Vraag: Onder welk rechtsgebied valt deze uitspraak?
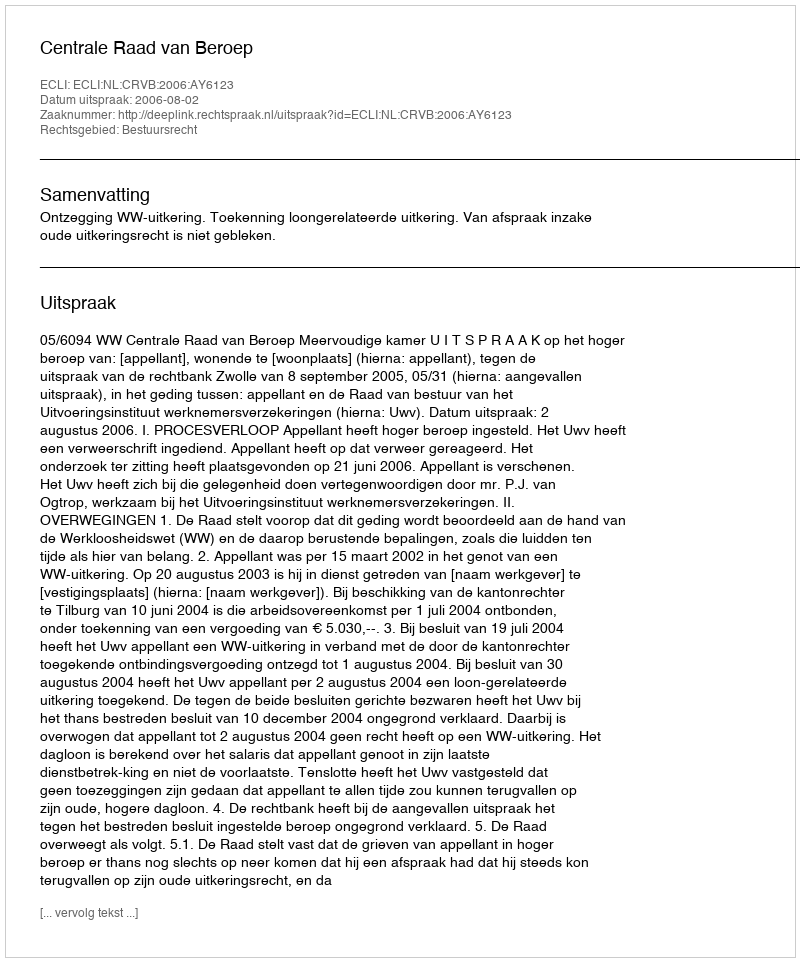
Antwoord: Bestuursrecht